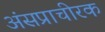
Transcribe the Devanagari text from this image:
अंसप्राचीरक